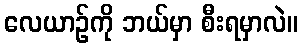
လေယာဉ်ကို ဘယ်မှာ စီးရမှာလဲ။